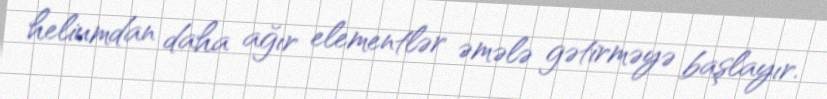
heliumdan daha ağır elementlər əmələ gətirməyə başlayır.